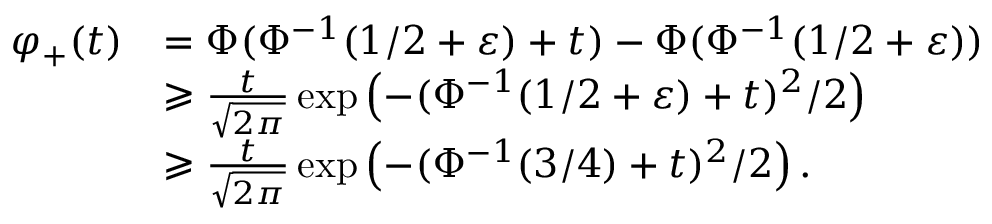
\begin{array} { r l } { \varphi _ { + } ( t ) } & { = \Phi ( \Phi ^ { - 1 } ( 1 / 2 + \varepsilon ) + t ) - \Phi ( \Phi ^ { - 1 } ( 1 / 2 + \varepsilon ) ) } \\ & { \geqslant \frac { t } { \sqrt { 2 \pi } } \exp \left( - ( \Phi ^ { - 1 } ( 1 / 2 + \varepsilon ) + t ) ^ { 2 } / 2 \right) } \\ & { \geqslant \frac { t } { \sqrt { 2 \pi } } \exp \left( - ( \Phi ^ { - 1 } ( 3 / 4 ) + t ) ^ { 2 } / 2 \right) . } \end{array}